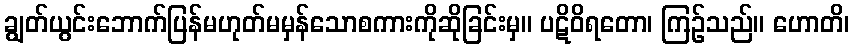
ချွတ်ယွင်းဘောက်ပြန်မဟုတ်မမှန်သောစကားကိုဆိုခြင်းမှ။ ပဋိဝိရတော၊ ကြဉ်သည်။ ဟောတိ၊